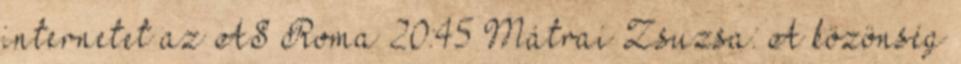
internetet az AS Roma 20:45 Mátrai Zsuzsa: A közönség